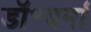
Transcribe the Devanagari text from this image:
डॉ॰वर्मा